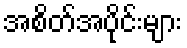
အစိတ်အပိုင်းများ